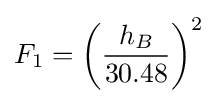
F_{1}=\left({\frac {h_{B}}{30.48}}\right)^{2}